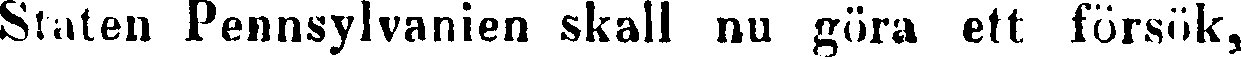
Staten Pennsylvanien skall nu göra ett försök,